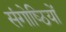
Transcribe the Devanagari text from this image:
संगोष्‍ठियों